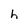
Character: h